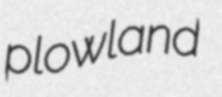
plowland